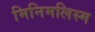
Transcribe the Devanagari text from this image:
मिनिमलिस्म